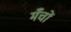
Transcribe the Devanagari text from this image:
मँचों